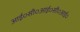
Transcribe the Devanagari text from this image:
आई०सी०आई०सी०आई०